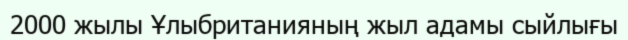
2000 жылы Ұлыбританияның жыл адамы сыйлығы